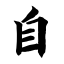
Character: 自